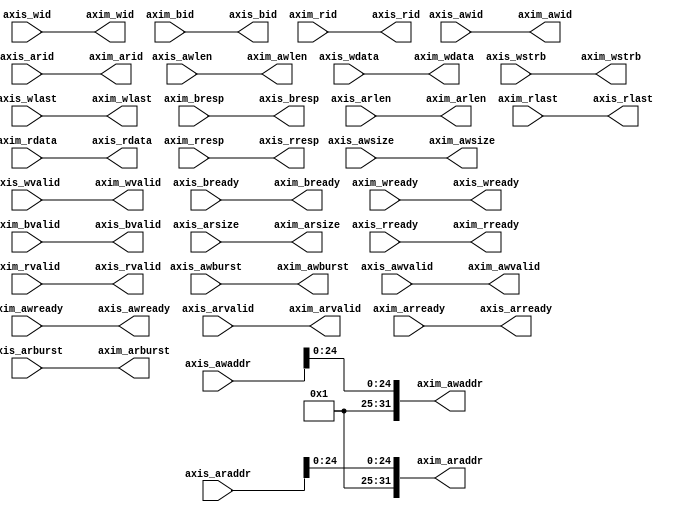
//-----------------------------------------------------------------------------
// Copyright (c) 2017 AsicVault OU
//
// Description : Application CPU memory access remapping/blocking module
//-----------------------------------------------------------------------------

module axi_remap_app_mmu #(
	parameter P_AXI_IDWIDTH = 4
)(
	// AXI Slave inetrface - input
	input	[31:0]				axis_awaddr		,
	input	[ 3:0]				axis_awlen		,
	input	[ 2:0]				axis_awsize		,
	input	[ 1:0]				axis_awburst	,
	input	[P_AXI_IDWIDTH-1:0]	axis_awid		,
	input						axis_awvalid	,
	input	[P_AXI_IDWIDTH-1:0]	axis_wid		,
	input	[63:0]				axis_wdata		,
	input	[ 7:0]				axis_wstrb		,
	input						axis_wlast		,
	input						axis_wvalid		,
	input						axis_bready		,
	output						axis_awready	,
	output						axis_wready		,
	output	[ 1:0]				axis_bresp		,
	output	[P_AXI_IDWIDTH-1:0]	axis_bid		,
	output						axis_bvalid		,
	input						axis_arvalid	,
	output						axis_arready	,
	input	[31:0]				axis_araddr		,
	input	[ 2:0]				axis_arsize		,
	input	[P_AXI_IDWIDTH-1:0]	axis_arid		,
	input	[ 3:0]				axis_arlen		,
	input	[ 1:0]				axis_arburst	,
	input						axis_rready		,
	output						axis_rvalid		,
	output						axis_rlast		,
	output	[P_AXI_IDWIDTH-1:0]	axis_rid		,
	output	[63:0]				axis_rdata		,
	output	[ 1:0]				axis_rresp		,

	// AXI Master inetrface - output
	output	[31:0]				axim_awaddr		,
	output	[ 3:0]				axim_awlen		,
	output	[ 2:0]				axim_awsize		,
	output	[ 1:0]				axim_awburst	,
	output	[P_AXI_IDWIDTH-1:0]	axim_awid		,
	output						axim_awvalid	,
	output	[P_AXI_IDWIDTH-1:0]	axim_wid		,
	output	[63:0]				axim_wdata		,
	output	[ 7:0]				axim_wstrb		,
	output						axim_wlast		,
	output						axim_wvalid		,
	output						axim_bready		,
	input						axim_awready	,
	input						axim_wready		,
	input	[ 1:0]				axim_bresp		,
	input	[P_AXI_IDWIDTH-1:0]	axim_bid		,
	input						axim_bvalid		,
	output						axim_arvalid	,
	input						axim_arready	,
	output	[31:0]				axim_araddr		,
	output	[ 2:0]				axim_arsize		,
	output	[P_AXI_IDWIDTH-1:0]	axim_arid		,
	output	[ 3:0]				axim_arlen		,
	output	[ 1:0]				axim_arburst	,
	output						axim_rready		,
	input						axim_rvalid		,
	input						axim_rlast		,
	input	[P_AXI_IDWIDTH-1:0]	axim_rid		,
	input	[63:0]				axim_rdata		,
	input	[ 1:0]				axim_rresp		
);

	assign	axim_awaddr[24: 0]	=	axis_awaddr[24:0]	;
	assign	axim_awaddr[31:25]	=	7'd1;

	assign	axim_araddr[24: 0]	=	axis_araddr[24:0]	;
	assign	axim_araddr[31:25]	=	7'd1;

	assign	axim_awlen		=	axis_awlen		;
	assign	axim_awsize		=	axis_awsize		;
	assign	axim_awburst	=	axis_awburst	;
	assign	axim_awid		=	axis_awid		;
	assign	axim_awvalid	=	axis_awvalid	;
	assign	axim_wid		=	axis_wid		;
	assign	axim_wdata		=	axis_wdata		;
	assign	axim_wstrb		=	axis_wstrb		;
	assign	axim_wlast		=	axis_wlast		;
	assign	axim_wvalid		=	axis_wvalid		;
	assign	axim_bready		=	axis_bready		;
	assign	axim_arvalid	=	axis_arvalid	;
	assign	axim_arsize		=	axis_arsize		;
	assign	axim_arid		=	axis_arid		;
	assign	axim_arlen		=	axis_arlen		;
	assign	axim_arburst	=	axis_arburst	;
	assign	axim_rready		=	axis_rready		;

	assign	axis_awready	=	axim_awready	;
	assign	axis_wready		=	axim_wready		;
	assign	axis_bresp		=	axim_bresp		;
	assign	axis_bid		=	axim_bid		;
	assign	axis_bvalid		=	axim_bvalid		;
	assign	axis_arready	=	axim_arready	;
	assign	axis_rvalid		=	axim_rvalid		;
	assign	axis_rlast		=	axim_rlast		;
	assign	axis_rid		=	axim_rid		;
	assign	axis_rdata		=	axim_rdata		;
	assign	axis_rresp		=	axim_rresp		;

endmodule